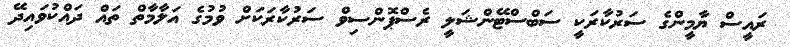
ރައީސް ޔާމީންގެ ސަރުކާރަކީ ސަބްސްޓޭންޝަލީ ރެސްޕޮންސިވް ސަރުކާރަކަށް ވުމުގެ އަލާމާތް ތައް ދައްކުވައިދޭ